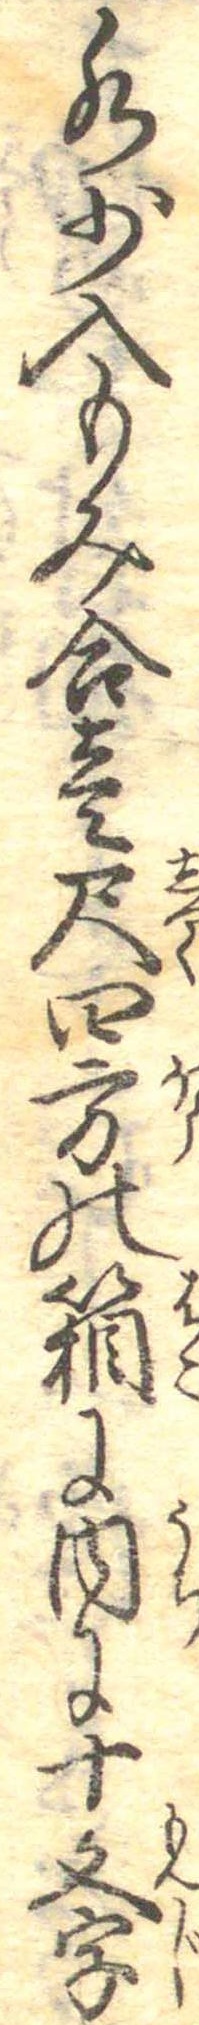
水少入もみ合壱尺四方の箱に内に十文字